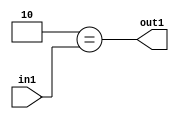
`timescale 1ps / 1ps
/*****************************************************************************
    Verilog RTL Description
    
    
    Created by: Stratus DpOpt 2019.1.01 
*******************************************************************************/

module feature_write_addr_gen_Eqi2u3_1 (
	in1,
	out1
	); /* architecture "behavioural" */ 
input [2:0] in1;
output  out1;
wire  asc001;

assign asc001 = (8'B00000010==in1);

assign out1 = asc001;
endmodule

/* CADENCE  urjwTAw= : u9/ySgnWtBlWxVPRXgAZ4Og= ** DO NOT EDIT THIS LINE ******/